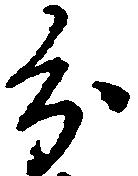
分